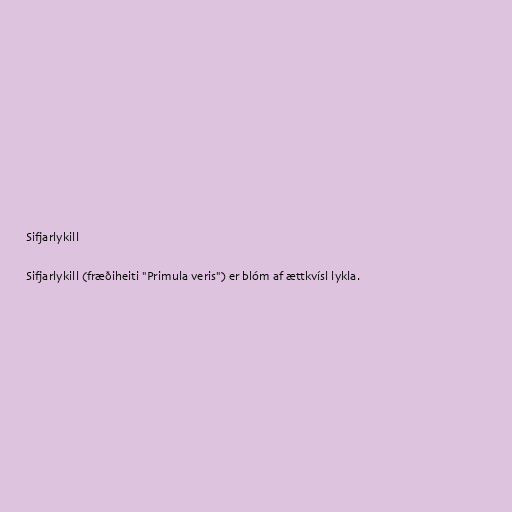
Sifjarlykill

Sifjarlykill (fræðiheiti "Primula veris") er blóm af ættkvísl lykla.